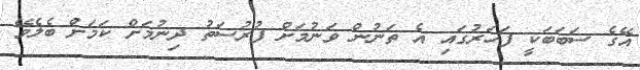
އޭގެ ސަބަބަކީ ފަހަރުގައި އެ ތަނުން ވަނުމަށް ފުރުސަތު ދިނުމަށް ކަމަށް ބެލެވޭ